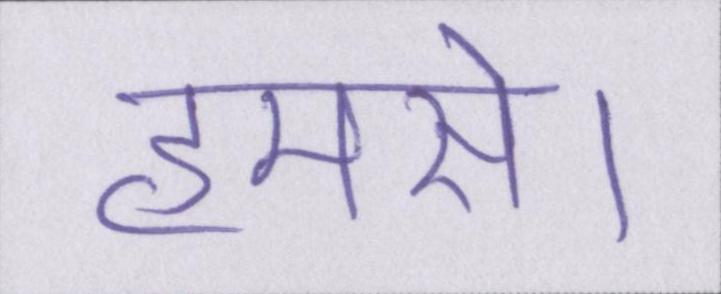
हमसे।